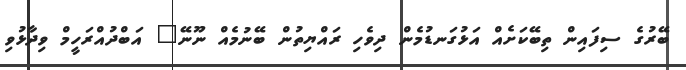
ބޭރުގެ ސިފައިން ތިބޭކަށެއް އަޅުގަނޑުމެން ދިވެހި ރައްޔިތުން ބޭނުމެއް ނޫނޭ" އަބްދުއްރަހީމް ވިދާޅުވި